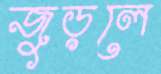
জুড়লে